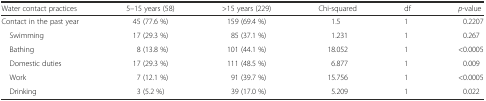
| Water contact practices | 5–15 years (58) | >15 years (229) | Chi-squared | df | p-value |
 | --- | --- | --- | --- | --- | --- |
 | Contact in the past year | 45 (77.6 %) | 159 (69.4 %) | 1.5 | 1 | 0.2207 |
 | Swimming | 17 (29.3 %) | 85 (37.1 %) | 1.231 | 1 | 0.267 |
 | Bathing | 8 (13.8 %) | 101 (44.1 %) | 18.052 | 1 | <0.0005 |
 | Domestic duties | 17 (29.3 %) | 111 (48.5 %) | 6.877 | 1 | 0.009 |
 | Work | 7 (12.1 %) | 91 (39.7 %) | 15.756 | 1 | <0.0005 |
 | Drinking | 3 (5.2 %) | 39 (17.0 %) | 5.209 | 1 | 0.022 |